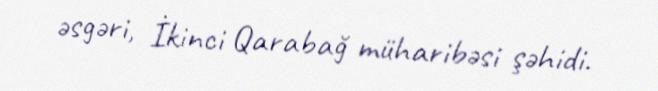
əsgəri, İkinci Qarabağ müharibəsi şəhidi.